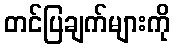
တင်ပြချက်များကို